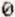
0